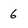
Character: 6